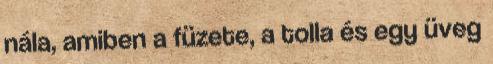
nála, amiben a füzete, a tolla és egy üveg